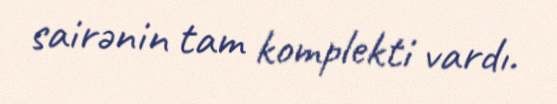
sairənin tam komplekti vardı.